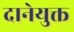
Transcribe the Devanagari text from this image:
दानेयुक्त